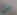
من